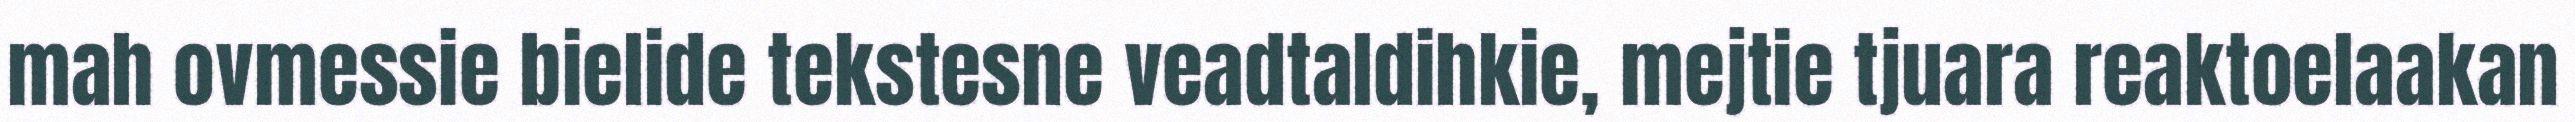
mah ovmessie bielide tekstesne veadtaldihkie, mejtie tjuara reaktoelaakan